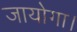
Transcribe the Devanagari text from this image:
जायोगा।